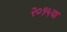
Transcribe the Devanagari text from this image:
२०१५या